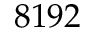
8 1 9 2